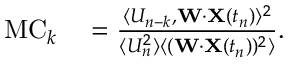
\begin{array} { r l } { \mathrm { M C } _ { k } } & { { } = \frac { \langle U _ { n - k } , \mathbf { W } \cdot \mathbf { X } ( t _ { n } ) \rangle ^ { 2 } } { \langle U _ { n } ^ { 2 } \rangle \langle ( \mathbf { W } \cdot \mathbf { X } ( t _ { n } ) ) ^ { 2 } \rangle } . } \end{array}